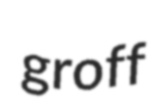
groff